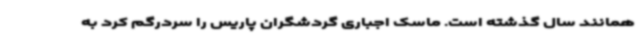
همانند سال گذشته است. ماسک اجباری گردشگران پاریس را سردرگم کرد به